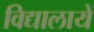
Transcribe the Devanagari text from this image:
विद्यालायें